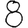
Digit: 8